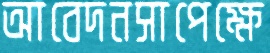
আবেদনসাপেক্ষে